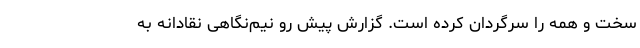
سخت و همه را سرگردان کرده است. گزارش پیش رو نیم‌نگاهی نقادانه به